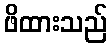
ဖိထားသည်